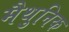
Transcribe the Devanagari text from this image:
मैथुनिक